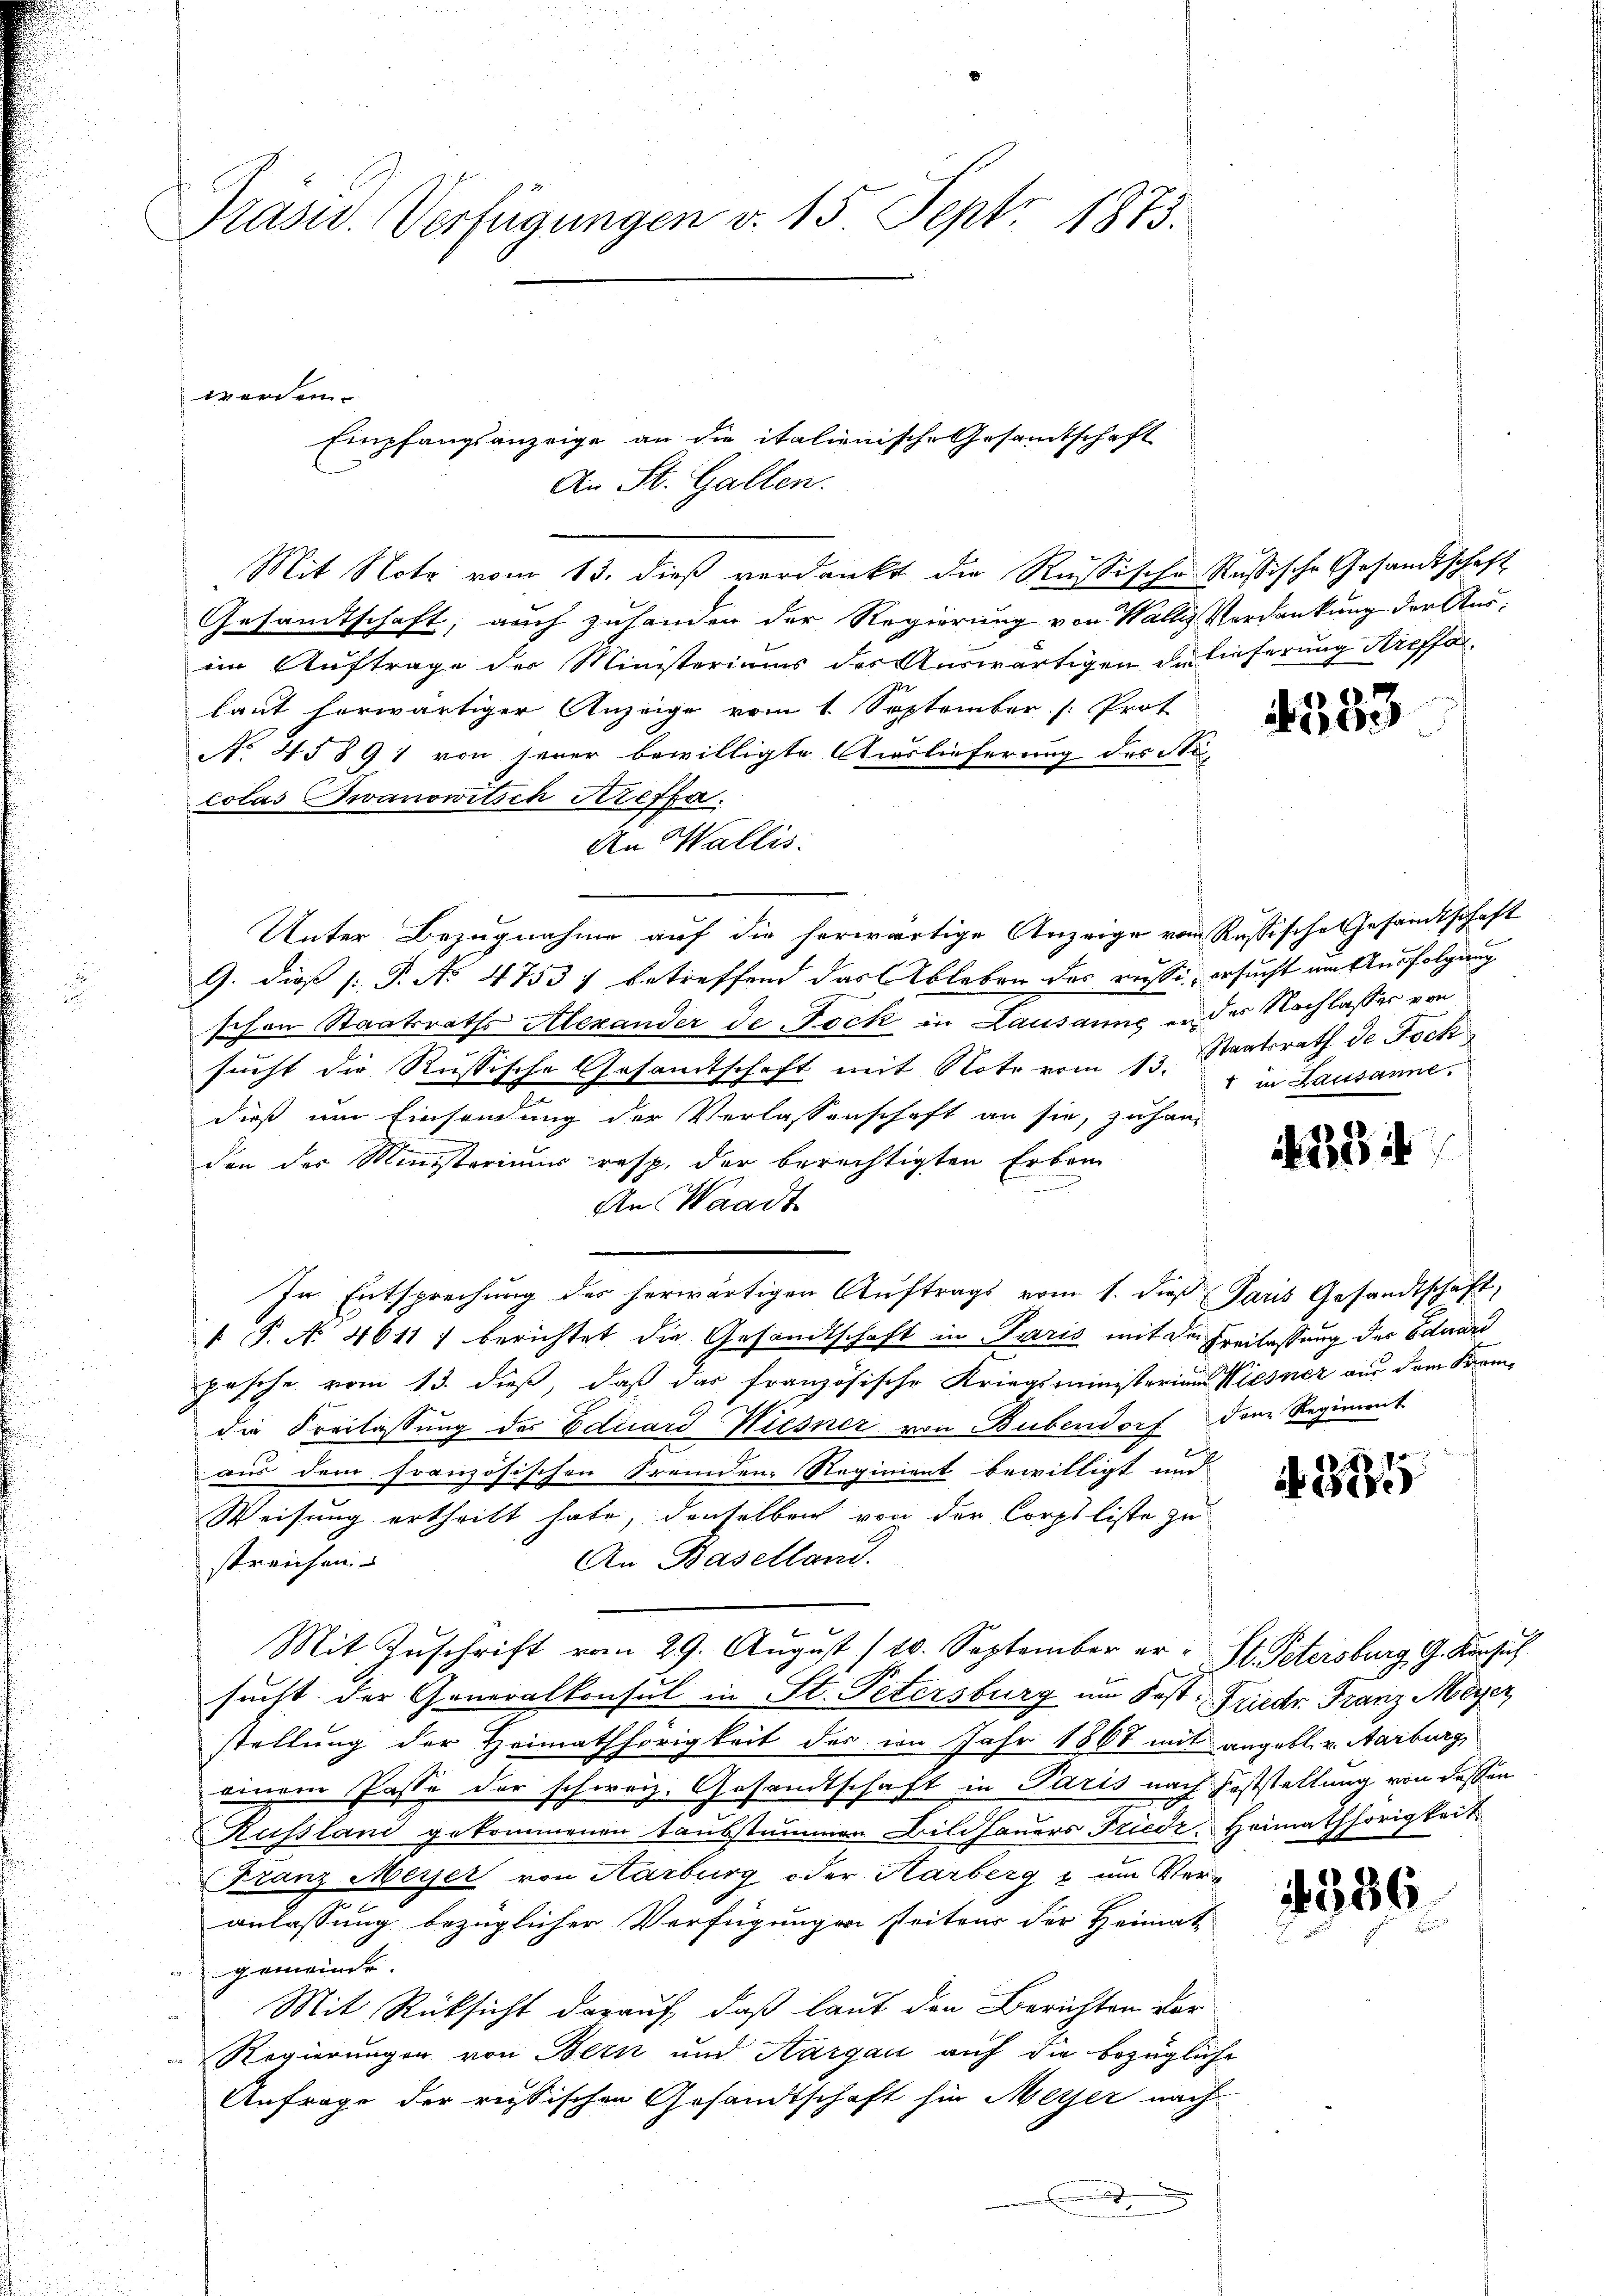
Pasur. Verfügungen v. 15 Sept. 1873.

werden.

Mit Note vom 13. dieß verdankt die Rußische Russische Gesandtschaft
Gesandtschaft, auch zuhanden der Regierung von Wallis Verdankung der Ausim Auftrage der Ministeriums des Auswärtigen Berlieferung Streffalaut herwärtiger Anzeige vom 1. September (: Prot
No 45891 von seier bewilligte Auslieferung des Sti-
colas Zwanowitsch Kreffa
An Wallis.
Unter Bezugnahme auf die herwärtige Anzeige von Russische Gesamtschaft
G. dieß (: P. N. 4753) betreffend das Ableben des reise ersucht um Ausfolgung
schen Staatsraths Alexander de Pock in Lausanne er der Nachlasser von
sucht die Russische Gesamtschaft mit Note vom 13. " " in Lausanne.
dieß um Einsendung der Verlassenschaft an sie, zu handen der Ministerium resp. der berechtigten Erben-
An Waadt
In Entsprechung des herwärtigen Auftrags vom 1. die Paris Gesandtschaft,
 P. Nr. 4611) berichtet die Gesandtschaft in Paris mit der Freilassung des Eduard
pasche vom 13. dieß, daß das französische Kriegsministerium Wiesner aus dem Stemdie Freilassung des Eduard Wiesner von Bubendorf dem Regiment
aus dem französischen Fremden Regiment bewilligt und
Weisung ertheilt habe, denselben von der Corpsliste zu
An Baselland.
streichen.
Mit Zuschrift vom 29. August 110. September er- St. Petersburg, G. Konsul
sucht der Generalkonsul in St. Petersburg um Fest. Friedr. Franz Meyer,
stellung der Heimathörigkeit des im Jahr 1868 mit angebl. v. Aarburg,
einem Pässe der schweiz. Gesandtschaft in Paris nach Feststellung von dessen
Russlani gekommenen Taubstummen Bildhauers Friedr Heimathörigkeit
Franz Meyer von Aarburg oder Harberg & um Veranlassung bezüglicher Verfügungen seitens der Heimat
gemeinde.
Mit Rücksicht darauf, daß laut den Berichten vor
Regierungen von Bern und Aargau auf die bezügliche
Anfrage der russischen Gesandtschaft hin Meyer nach
.

Empfangsanzeige an die italienische Gesamtschaft
An St. Gallen.

533

Staatsrath de Toch

254

4385

386